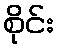
စိုင်း